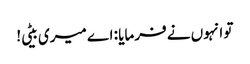
تو انہوں نے فرمایا : اے میری بیٹی!